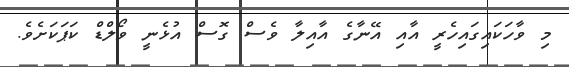
މި ވާހަކައިގައިހެރީ އާއި އޭނާގެ އާއިލާ ވެސް ގޮސް އުޅެނީ ވޯލްޑް ކަޕަކަށެވެ.